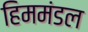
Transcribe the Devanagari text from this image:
हिममंडल